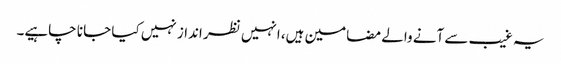
یہ غیب سے آنے والے مضامین ہیں، انہیں نظر انداز نہیں کیا جا نا چاہیے۔